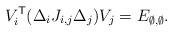
LaTeX: \begin{align*}V_i^{\mathsf{T}} (\Delta_i J_{i,j} \Delta_j) V_j = E_{\emptyset,\emptyset}.\end{align*}